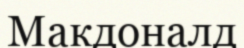
Макдоналд